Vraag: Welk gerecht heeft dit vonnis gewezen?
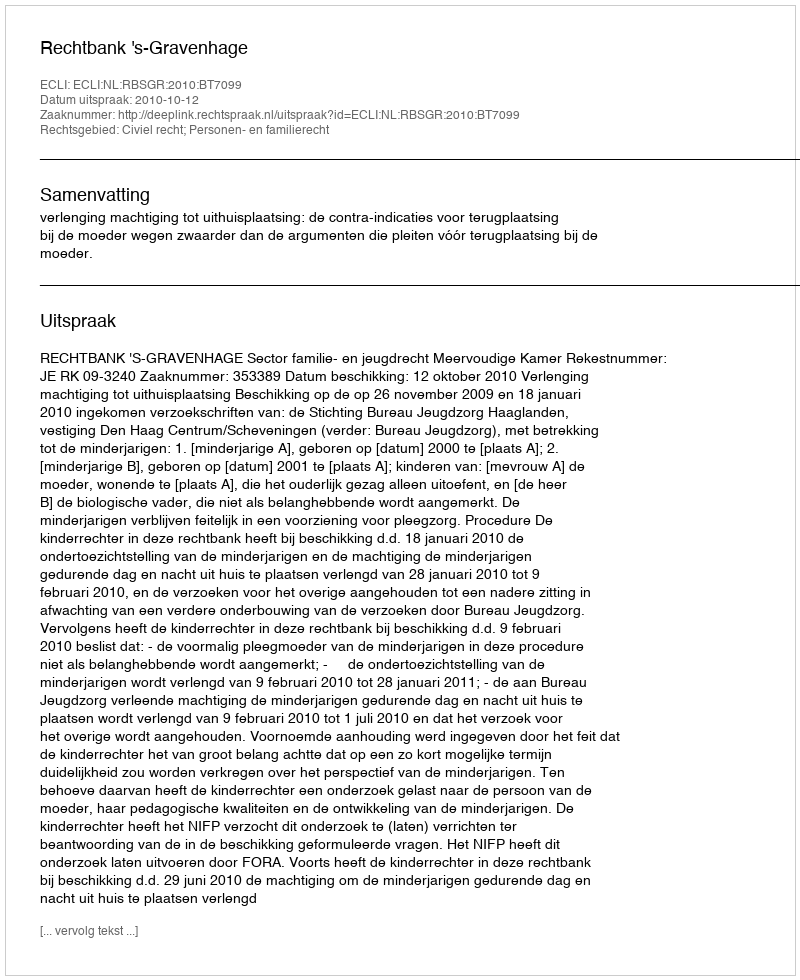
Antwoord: Rechtbank 's-Gravenhage